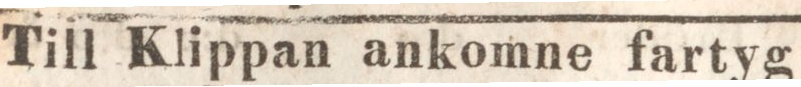
Till Klippan ankomne fartyg